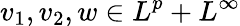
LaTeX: v_{1},v_{2},w\in L^{p}+L^{\infty}